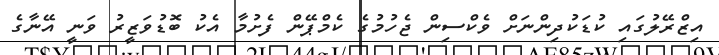
އިޒްރޭލުގައި ކުޑަކުދިންނަށް ވެކްސިން ޖެހުމުގެ ކެމްޕޭން ފެށުމާ އެކު ބޮޑުވަޒީރު ވަނީ އޭނާގެ